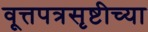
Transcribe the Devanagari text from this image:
वूत्तपत्रसृष्टीच्या